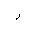
Letter: _ra